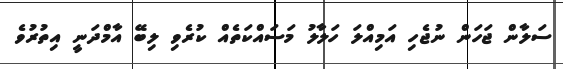
ސަލާން ޖަހަން ނުޖެހި އަމިއްލަ ހަލާލު މަސައްކަތެއް ކުރެވި ލިބޭ އާމްދަނީ އިތުރުވެ